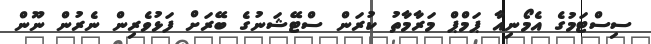
ސިސްޓަމުގެ އެމޯނިއާ ޕަމްޕް މަރާމާތު ކުރަން ސްޓޭޝަނުގެ ބޭރަށް ފަޅުވެރިން ނެރުން ނޫން